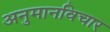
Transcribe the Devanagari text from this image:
अनुमानविचार